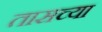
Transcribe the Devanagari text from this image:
तासच्या